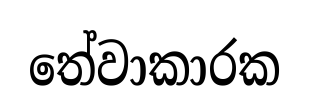
තේවාකාරක